Scottish Leaving Certificate Examination, 1957
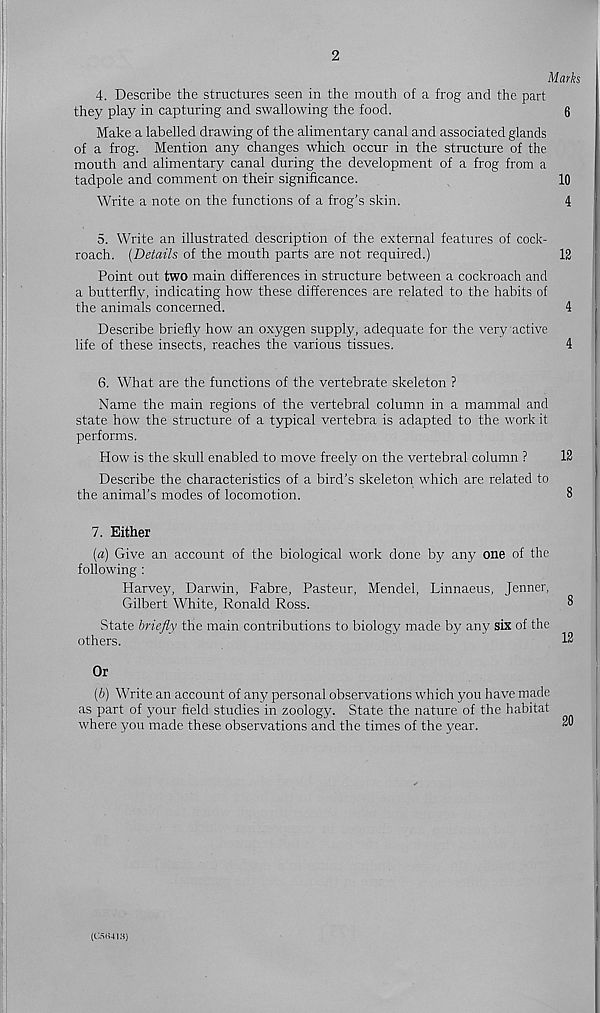
2
Marks
4. Describe the structures seen in the mouth of a frog and the part
they play in capturing and swallowing the food.
6
Make a labelled drawing of the alimentary canal and associated glands
of a frog. Mention any changes which occur in the structure of the
mouth and alimentary canal during the development of a frog from a
tadpole and comment on their significance.
10
Write a note on the functions of a frog’s skin.
4
5. Write an illustrated description of the external features of cock-
roach. (Details of the mouth parts are not required.)
12
Point out two main differences in structure between a cockroach and
a butterfly, indicating how these differences are related to the habits of
the animals concerned.
4
Describe briefly how an oxygen supply, adequate for the very active
life of these insects, reaches the various tissues.
4
6. What are the functions of the vertebrate skeleton ?
Name the main regions of the vertebral column in a mammal and
state how the structure of a typical vertebra is adapted to the work it
performs.
How is the skull enabled to move freely on the vertebral column ?
12
Describe the characteristics of a bird’s skeleton which are related to
the animal’s modes of locomotion.
8
7. Either
(a) Give an account of the biological work done by any one of the
following :
Harvey, Darwin, Fabre, Pasteur, Mendel, Linnaeus, Jenner,
Gilbert White, Ronald Ross.
8
State briefly the main contributions to biology made by any six of the
others.
12
Or
(b) Write an account of any personal observations which you have made
as part of your field studies in zoology. State the nature of the habitat
where you made these observations and the times of the year.
20
(CSIU1H)